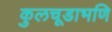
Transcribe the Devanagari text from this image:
कुलचूडाभणि